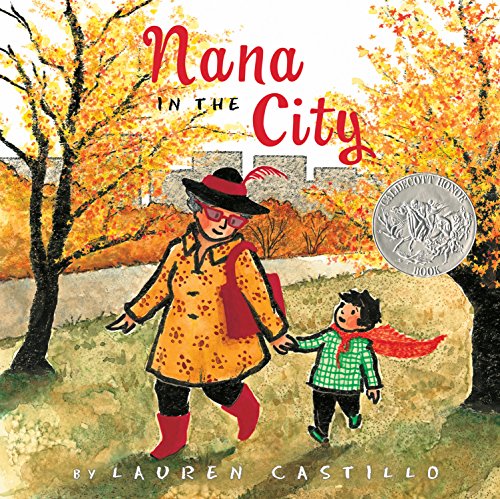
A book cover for Nana in the City; Lauren Castillo; Children's Books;